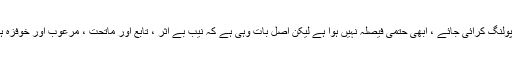
انہوں نے کہاکہ یہ سپریم کورٹ کا فیصلہ ہے کوئی ریفرنڈم نہیں ہے جہاں ہاں یا نہ میں پولنگ کرائی جائے ، ابھی حتمی فیصلہ نہیں ہوا ہے لیکن اصل بات وہی ہے کہ نیب بے اثر ، تابع اور ماتحت ، مرعوب اور خوفزہ ہے جبکہ کرپشن کا خاتمہ اسی وقت ہوگا جب ملک میں موثر نیب کا قانون اور نظام ہوگا ۔